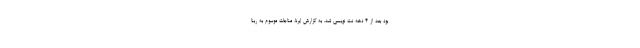
بود بعد از ۴ دهه نت نویسی شد. به گزارش ایرنا، مناجات موسوم به ربنا